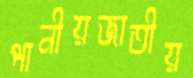
পানীয়জাতীয়